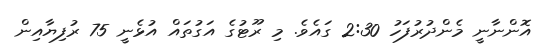
އޮންނާނީ މެންދުުރުފަހު 2:30 ގައެވެ. މި ރޫޓުގެ އަގުތައް އުޅެނީ 75 ރުފިޔާއިން